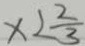
x < \frac { 2 } { 3 }